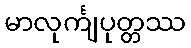
မာလုင်္ကျပုတ္တဿ